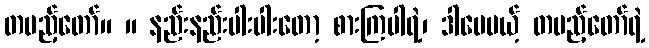
တပည့်တော်။ ။ နည်းနည်းပါးပါးတော့ စားကြပါရဲ့၊ ဒါပေမယ့် တပည့်တော်ရဲ့